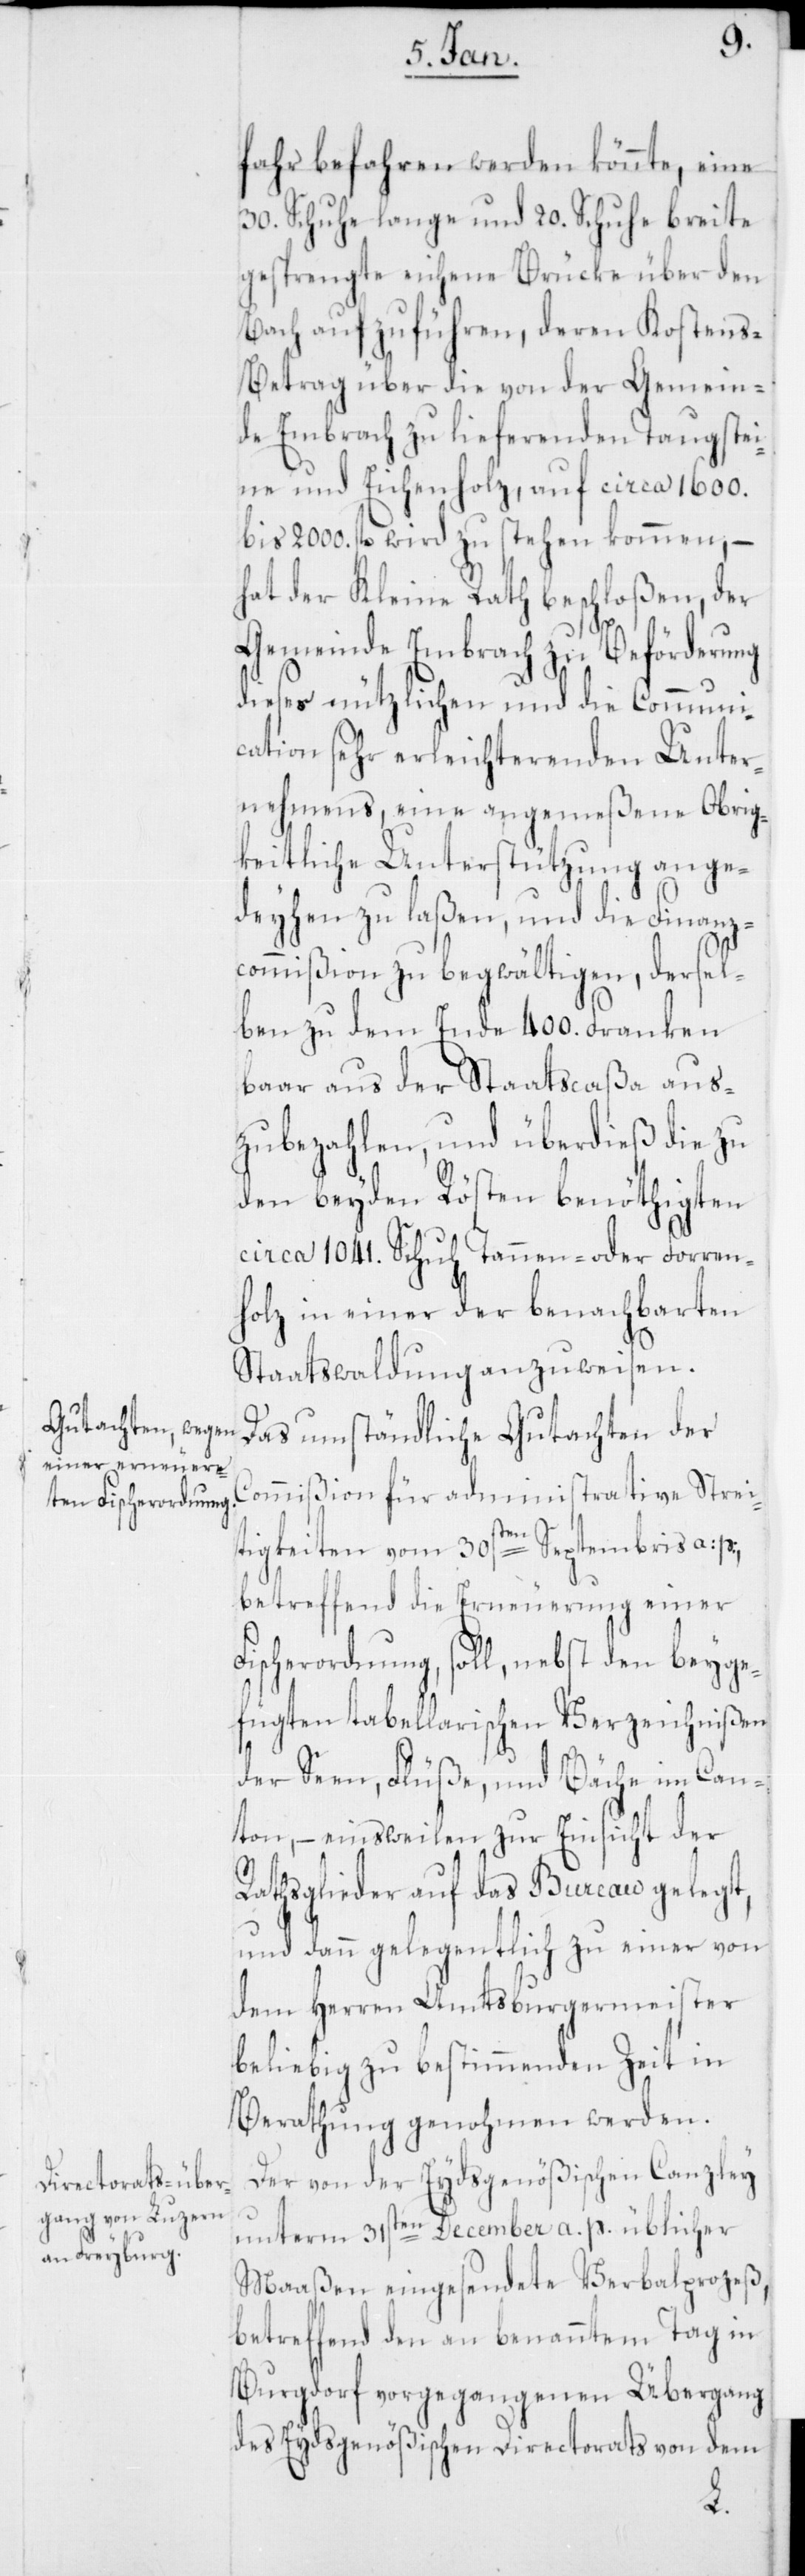
fahr befahren werden könnte, eine
30. Schuhe lange und 20. Schuhe breite
gesprengte eichene Brücke über den
Bach aufzuführen, deren Kosten¬
s-Betrag über die von der Gemein¬
de Embrach zu liefernden Taugstei¬
ne und Eichenholz, auf circa 1600.
bis 2000. fl. wird zu stehen kommen, –
hat der Kleine Rath beschloßen, der
Gemeinde Embrach zu Beförderung
dieses nützlichen und die Communi¬
cation sehr erleichternden Unter¬
nehmens, eine angemeßene Obrig¬
keitliche Unterstützung ange¬
deyhen zu laßen, und die Finanz¬
commißion zu begwältigen, dersel¬
ben zu dem Ende 400 Franken
baar aus der Staatscaßa aus¬
zubezahlen, und überdieß die zu
den beyden Rösten benöthigten
circa 1041. Schuh Tannen- oder Forren¬
holz in einer der benachbarten
Staatswaldung anzuweisen.
Das umständliche Gutachten der
Commißion für administrative Strei¬
tigkeiten vom 30sten Septembris a: p:,
betreffend die Erneuerung einer
Fischerordnung, soll, nebst den beyge¬
fügten tabellarischen Verzeichnißen
der Seen, Flüße und Bäche im Can¬
ton, – einstweilen zur Einsicht der
Rathsglieder auf das Bureau gelegt,
und dann gelegentlich zu einer von
dem Herren Amtsburgermeister
beliebig zu bestimmenden Zeit in
Berathung genohmen werden.
Der von der Eydsgenößischen Canzley
unterm 31sten December a. p. üblicher
Maßen eingesendete Verbalprozeß,
betreffend den an benanntem Tag in
Burgdorf vorgegangenen Übergang
des Eydsgenößischen Directorats von dem